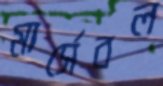
মার্সেবল